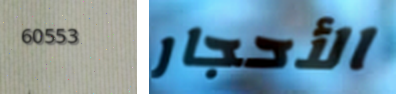
60553 الأحجار